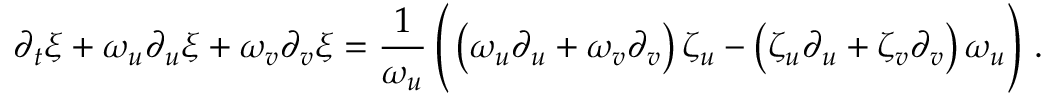
\partial _ { t } \xi + \omega _ { u } \partial _ { u } \xi + \omega _ { v } \partial _ { v } \xi = \frac { 1 } { \omega _ { u } } \left( \vphantom { \frac { 1 } { \omega _ { u } } } \left( \omega _ { u } \partial _ { u } + \omega _ { v } \partial _ { v } \right) \zeta _ { u } - \left( \zeta _ { u } \partial _ { u } + \zeta _ { v } \partial _ { v } \right) \omega _ { u } \right) \, .